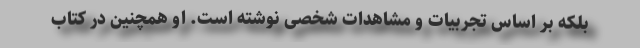
بلکه بر اساس تجربیات و مشاهدات شخصی نوشته است. او همچنین در کتاب